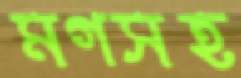
মগসহ